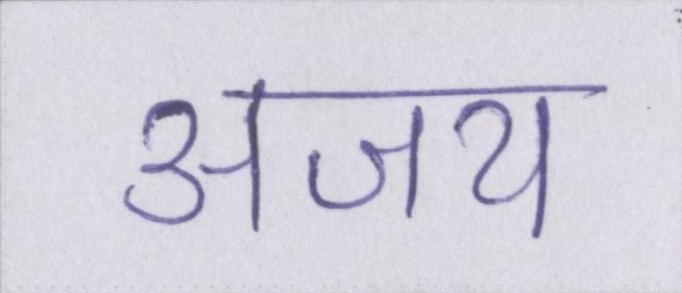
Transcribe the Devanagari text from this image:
अजय